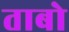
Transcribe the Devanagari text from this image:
ताबो